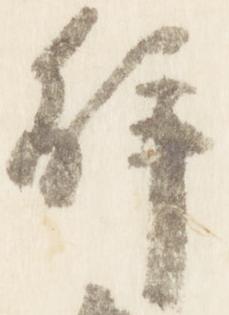
解